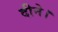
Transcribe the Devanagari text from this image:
दीने।